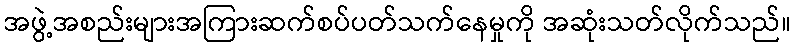
အဖွဲ့အစည်းများအကြားဆက်စပ်ပတ်သက်နေမှုကို အဆုံးသတ်လိုက်သည်။